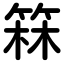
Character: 箖